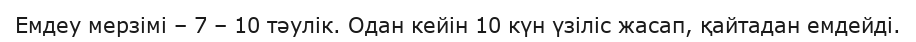
Емдеу мерзімі – 7 – 10 тәулік. Одан кейін 10 күн үзіліс жасап, қайтадан емдейді.